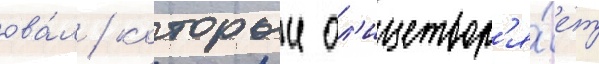
ова́л / которыи ол'ицетвор'я́ет